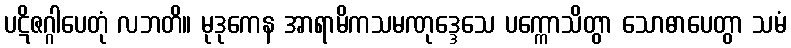
ပဋိဇဂ္ဂါပေတုံ လဘတိ။ မုဒုကေန အာရာမိကသမဏုဒ္ဒေသေ ပက္ကောသိတွာ သောဓာပေတွာ သမံ